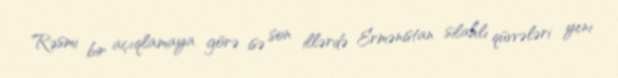
Rəsmi bir açıqlamaya görə isə son illərdə Ermənistan silahlı qüvvələri yeni